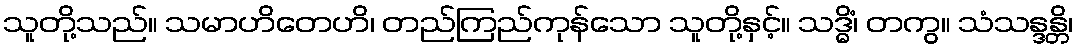
သူတို့သည်။ သမာဟိတေဟိ၊ တည်ကြည်ကုန်သော သူတို့နှင့်။ သဒ္ဓိံ၊ တကွ။ သံသန္ဒန္တိ၊